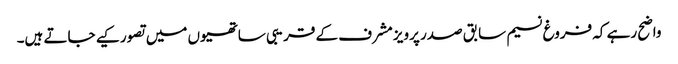
واضح رہے کہ فروغ نسیم سابق صدر پرویز مشرف کے قریبی ساتھیوں میں تصور کیے جاتے ہیں۔